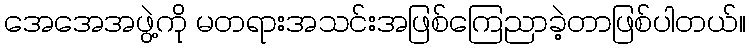
အေအေအဖွဲ့ကို မတရားအသင်းအဖြစ်ကြေညာခဲ့တာဖြစ်ပါတယ်။